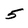
Character: 5